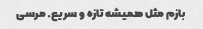
بازم مثل همیشه تازه و سریع. مرسی